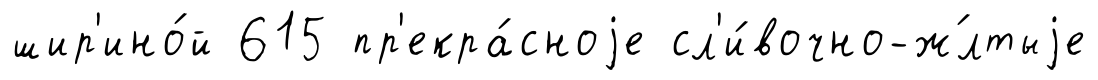
шир'ино́й 615 пр'екра́сноjе сл'и́вочно-ж́лтыjе